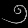
Digit: ၅